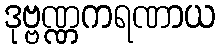
ဒုဗ္ဗဏ္ဏကရဏာယ